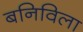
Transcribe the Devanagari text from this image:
बनिविला